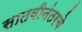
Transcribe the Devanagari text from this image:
सातवीनंतरचे